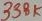
Text: 338K